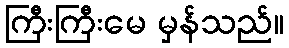
ကြီးကြီးမေ မှန်သည်။